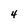
Character: 4